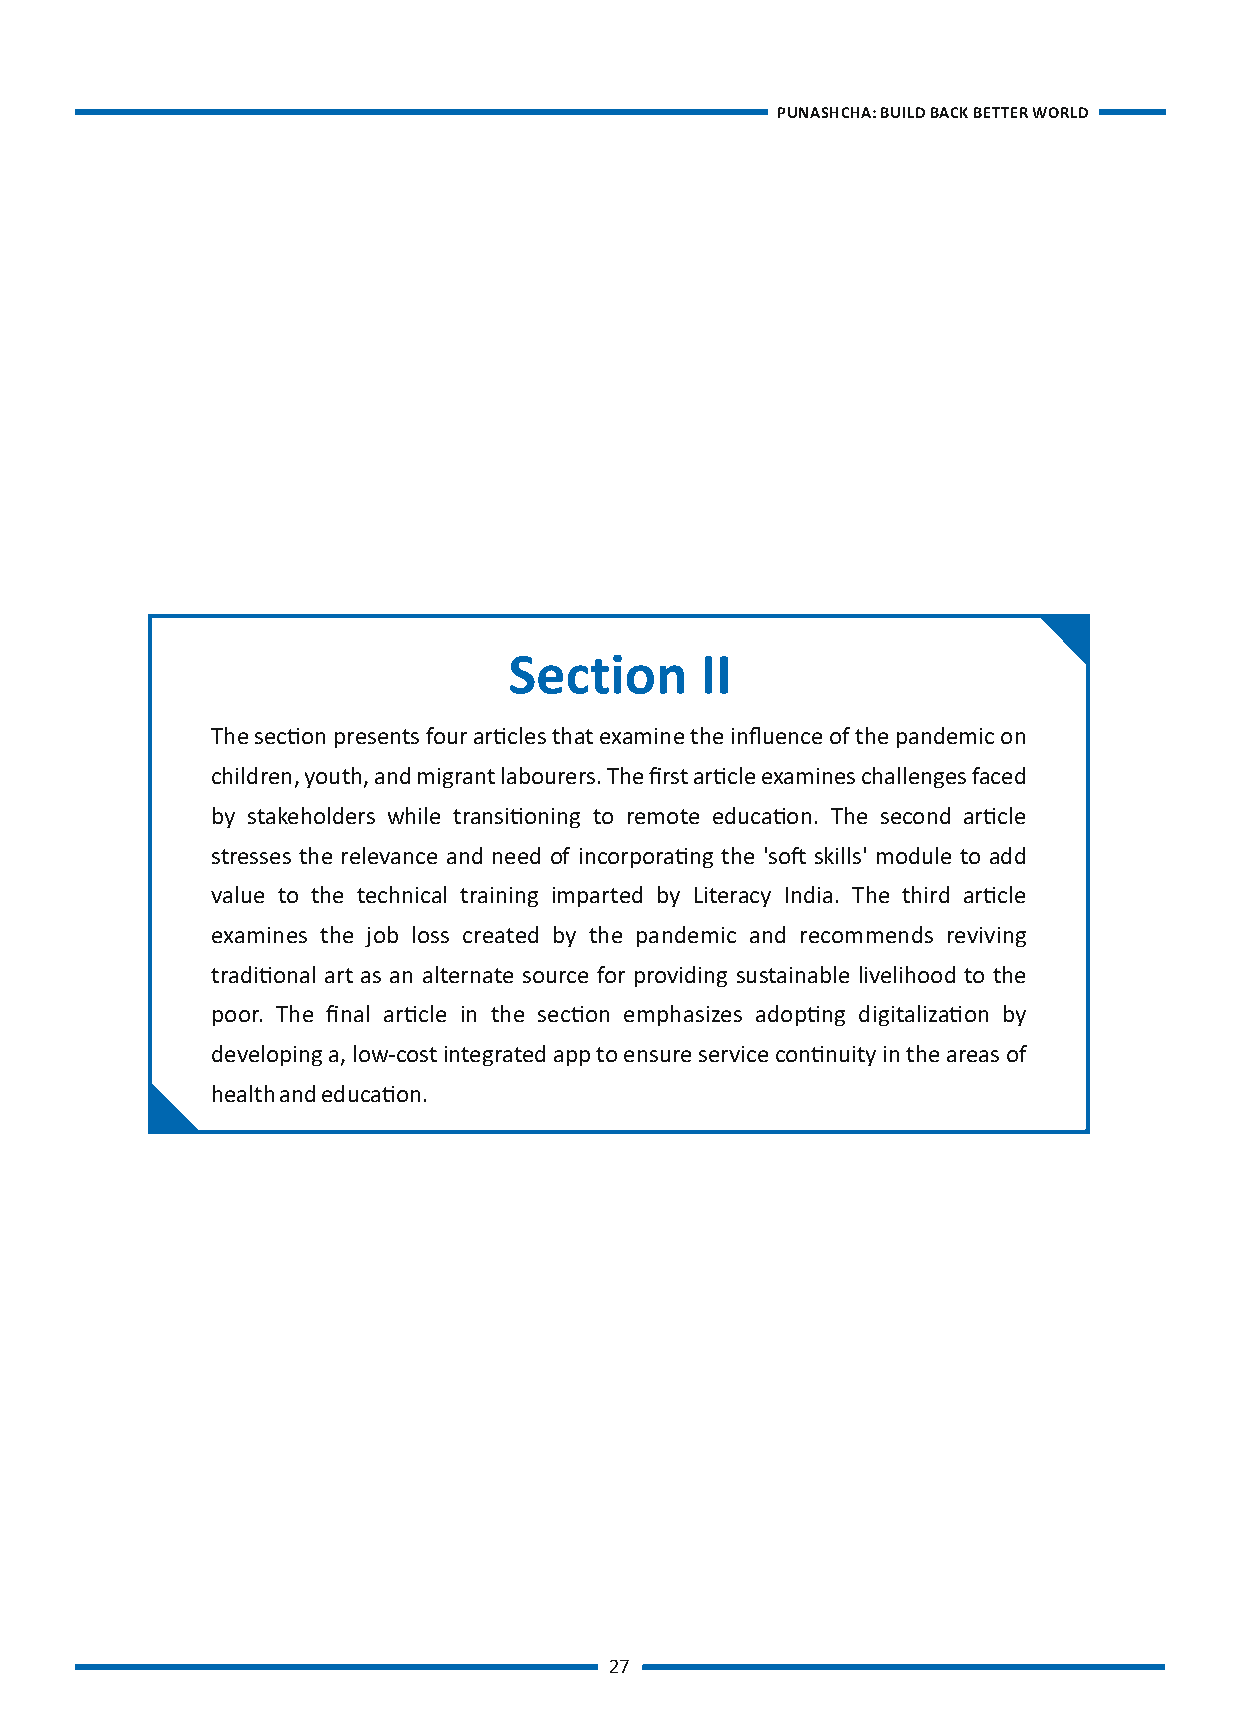
Source: Developed by Authors Photo capon d make efforts to create a more secure and sustainable society. Else the world's future will
 be at stake. Growing social and economic inequalities has created urgency to refocus our
 The ones who made it possible…
 References
 efforts on sustainab
 PUNASHCHA: BUILD BACK BETTER WORLD                 PUNASHCHA: BUILD BACK BETTER WORLD
 UN Women. (2021, July 27). Your quesons answered: Women and COVID-19 in India.
 hps://www.unwomen.org/en/news/stories/2021/7/faq-women-and-covid-19-in-india
 United Naons. (2020). The Sustainable Development Goals Report 2020.
 hps://unstats.un.org/sdgs/report/2020/The-Sustainable-Development-Goals-Report-
 2020.pdf
 UNFPA, Women Count, UN Women & Quilt.AI. (2021). Covid-19 and violence against
 women: The evidence behind the talk. Insights from big data analysis in Asian countries.
 hps://asiapacific.unfpa.org/sites/default/files/pub-pdf/covid-
 19_and_vaw_insights_from_big_data_analysis_final.pdf
 There is a
 staggering lack of
 UN Security Council. (2020, July 2). COVID-19' Profoundly Affecng Peace across the Globe',
 infrastructure Says Secretary-General, in Address to Security Council.
 across the enre hps://www.un.org/press/en/2020/sc14241.doc.htm
 Section     II
 agricultural value
 Wenham, c. (2021, February 4). What went wrong in the global governance of covid-19? The
 chain.        The secon presents four arcles that examine the influence of the pandemic on
 BMJ. 372. hps://doi.org/10.1136/bmj.n303
 Fragmented    children, youth, and migrant labourers. The first arcle examines challenges faced
 supply chain also WHO. (2021, November 27). WHO Coronavirus (COVID-19) Dashboard. by stakeholders while transioning to remote educaon. The second arcle
 has added to the hps://covid19.who.int/ stresses the relevance and need of incorporang the 'so skills' module to add
 woes of the   value to the technical training imparted by Literacy India. The third arcle
 WHO. (2021, September 16). India. hps://covid19.who.int/region/searo/country/in
 farmers such as examines the job loss created by the pandemic and recommends reviving
 post-harvest Zeeshan, M. (2021, October 1). India Sll Has an Opportunity With Vaccine Diplomacy. The tradional art as an alternate source for providing sustainable livelihood to the
 losses of fruits & Diplomat. hps://thediplomat.com/2021/10/india-sll-has-an-opportunity-with-vaccine- poor. The final arcle in the secon emphasizes adopng digitalizaon by
 diplomacy/
 vegetables due to developing a, low-cost integrated app to ensure service connuity in the areas of
 gaps in storage, health and educaon.
 cold chains, and
 limited
 connecvity.
 26                                      27